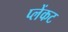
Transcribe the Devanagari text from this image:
प्लेंकट